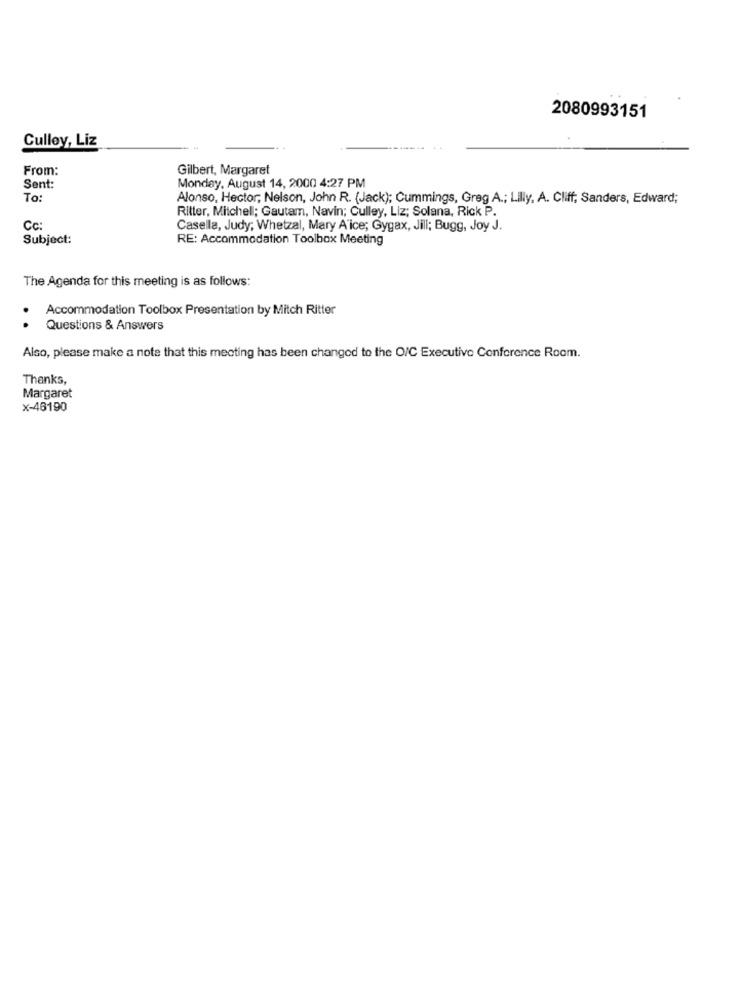
2080993151
Culley, Liz
From:
Gilbert, Margaret
Monday, August 14, 2000 4:27 PM
Sent:
To:
Alonso, Hector, Nelson, John R. (Jack); Cummings, Greg A .; Lilly, A. Cliff; Sanders, Edward;
Ritter, Mitchell; Gautam, Navin; Culley, Liz; Solana, Rick P.
Cc:
Casella, Judy; Whetzal, Mary A ice; Gygax, Jill; Bugg, Joy J.
Subject:
RE: Accommodation Toolbox Meeting
The Agenda for this meeting is as follows:
Accommodation Toolbox Presentation by Mitch Ritter
..
Questions & Answers
Also, please make a note that this mecting has been changed to the O/C Executive Conference Room.
Thanks,
Margaret
x-46190